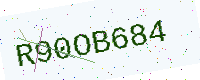
Text: R90OB684